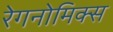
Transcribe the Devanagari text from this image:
रेगनोमिक्स